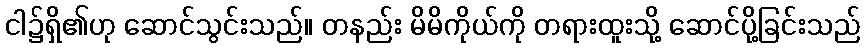
ငါ၌ရှိ၏ဟု ဆောင်သွင်းသည်။ တနည်း မိမိကိုယ်ကို တရားထူးသို့ ဆောင်ပို့ခြင်းသည်